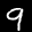
Label: 9